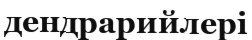
дендрарийлері